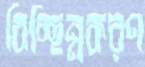
বিচ্ছিন্নকরণ